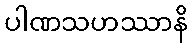
ပါဏသဟဿာနိ